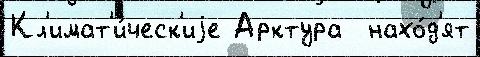
Кл'имат'и́ческ'иjе Арктура  нахо́д'ят